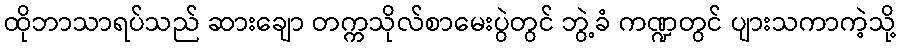
ထိုဘာသာရပ်သည် ဆားချော တက္ကသိုလ်စာမေးပွဲတွင် ဘွဲ့ခံ ကဏ္ဍတွင် ပျားသကာကဲ့သို့